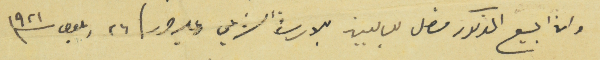
وان البيع المذكور فصل للبايعين بالإرث الشرعي وعليه حرر / ٢٦ ايلول سنة ١٩٢١